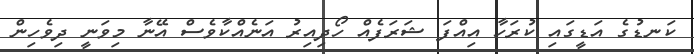
ކަނޑުގެ އަޑީގައި ކުރަހާ އިއްފަ ޝަރަފެއް ހޯދިއިރު އަނެއްކާވެސް އޭނާ މިވަނީ ދިވެހިން